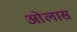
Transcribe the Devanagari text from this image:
ओलास